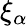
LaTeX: \xi_{\alpha}